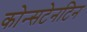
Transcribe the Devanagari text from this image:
कोन्सटेनटिन